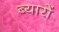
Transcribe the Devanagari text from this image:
ब्यारों